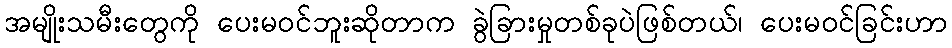
အမျိုးသမီးတွေကို ပေးမဝင်ဘူးဆိုတာက ခွဲခြားမှုတစ်ခုပဲဖြစ်တယ်၊ ပေးမဝင်ခြင်းဟာ